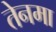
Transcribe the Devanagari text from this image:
तेनमा